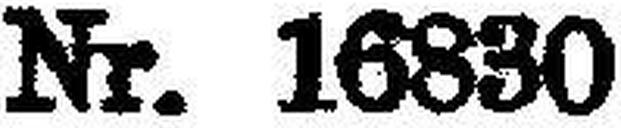
Nr. 16830